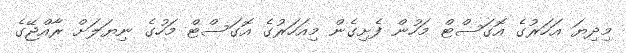
މިދިޔަ އަހަރުގެ އޮގަސްޓް މަހުން ފެށިގެން މިއަހަރުގެ އޮގަސްޓް މަހުގެ ނިޔަލަށް ރާއްޖޭގެ